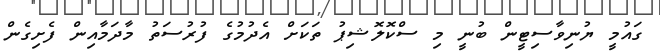
ގައުމީ ޔުނިވާސިޓީން ބުނީ މި ސްކޮލޮޝިޕު ތަކަށް އެދުމުގެ ފުރުސަތު މާދަމާއިން ފެށިގެން